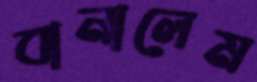
বানালেম